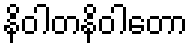
နိဝါတနိဝါတော